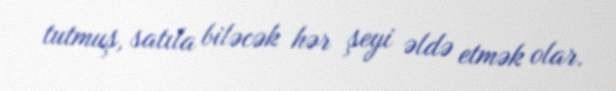
tutmuş, satıla biləcək hər şeyi əldə etmək olar.